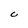
Character: C